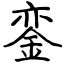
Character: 銮